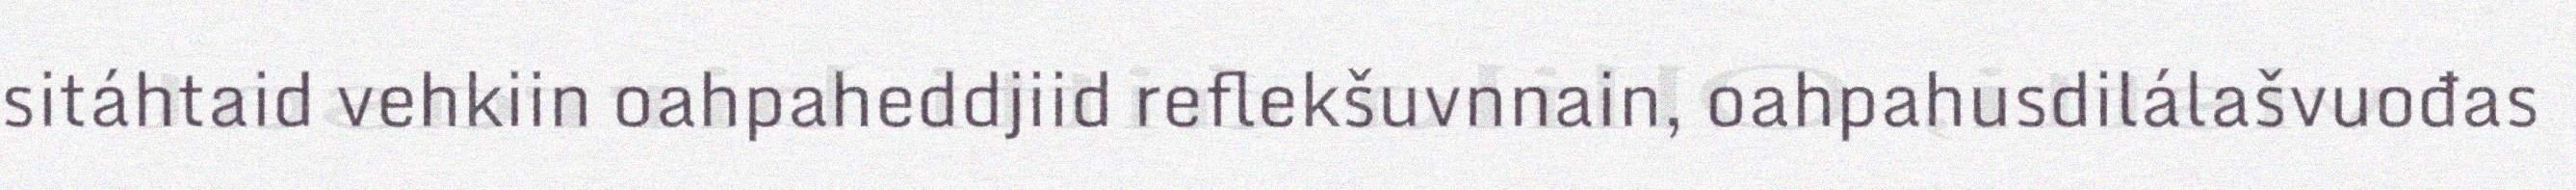
sitáhtaid vehkiin oahpaheddjiid reflekšuvnnain, oahpahusdilálašvuođas